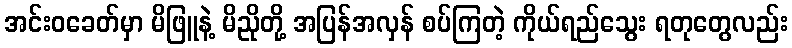
အင်းဝခေတ်မှာ မိဖြူနဲ့ မိညိုတို့ အပြန်အလှန် စပ်ကြတဲ့ ကိုယ်ရည်သွေး ရတုတွေလည်း